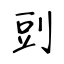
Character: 剅